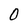
Character: O